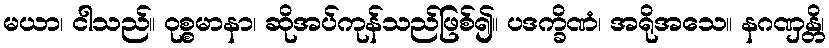
မယာ၊ ငါသည်။ ဝုစ္စမာနာ၊ ဆိုအပ်ကုန်သည်ဖြစ်၍။ ပဒက္ခိဏံ၊ အရိုအသေ။ နဂဏှန္တိ၊